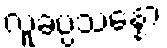
လူခပ္ပသန္နော